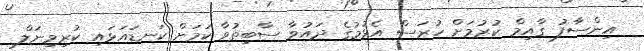
އިންސާފު ގާއިމް ކުރުމަށް ހުރަސް އެޅުމުގެ ދައުވާ ސާބިތުވާ ކަމަށް ކަނޑައަޅައި ކުރިމިނަލް